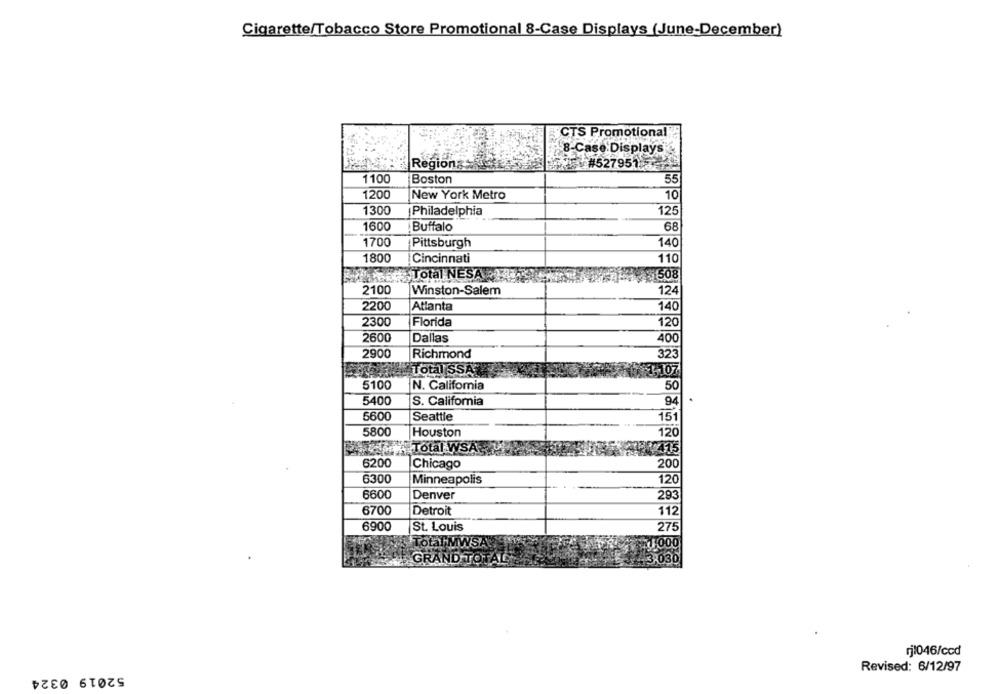
Cigarette/Tobacco Store Promotional 8-Case Displays (June-December)
CTS Promotional".
8-Case Displays
Regions
#527951
1100
Boston
55
1200
New York Metro
10
1300
Philadelphia
12
1600
Buffalo
68
1700
Pittsburgh
140
1800
Cincinnati
110
Total NESAR
5 508
2100
Winston-Salem
12
2200
Atlanta
140
2300
Florida
120
2600
Dallas
400
2900
Richmond
323
Total SSA
3,107
5100
N. California
50
5400
S. California
94
5600
Seattle
151
5800
Houston
120
Total WSA.
6200
Chicago
200
6300
Minneapolis
120
6600
Denver
293
6700
Detroit
112
6900
St. Louis
275
Total MWSA:
,000
GRAND TOTAL
3,030
rj1046/ccd
52019 0324
Revised: 6/12/97